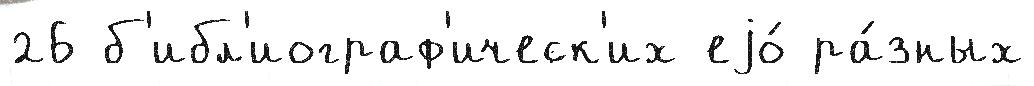
26 б'ибл'иограф'ическ'их еjо́ ра́зных